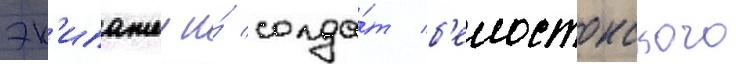
эк'ипажеи и́ солда́т б'елостокского